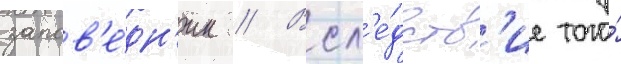
запов'е́дн'ик // Всл'е́дств'ие того́